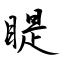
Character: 睼